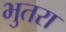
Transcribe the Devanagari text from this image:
भुतरा